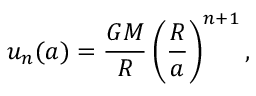
u _ { n } ( a ) = \frac { G M } { R } \left( \frac { R } { a } \right) ^ { n + 1 } ,